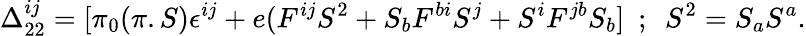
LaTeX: \Delta_{22}^{ij}=[\pi_{0}(\pi.S)\epsilon^{ij}+e(F^{ij}S^{2}+S_{b}F^{bi}S^{j}+S^{i}F^{jb}S_{b}]~~;~~S^{2}=S_{a}S^{a}.